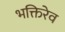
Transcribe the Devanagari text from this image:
भक्तिरेव